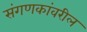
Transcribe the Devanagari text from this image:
संगणकांवरील